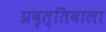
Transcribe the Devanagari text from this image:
प्रवृत्तिवाला